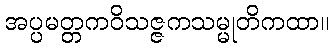
အပ္ပမတ္တကဝိသဇ္ဇကသမ္မုတိကထာ။